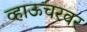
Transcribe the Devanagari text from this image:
व्हाऊचरवर